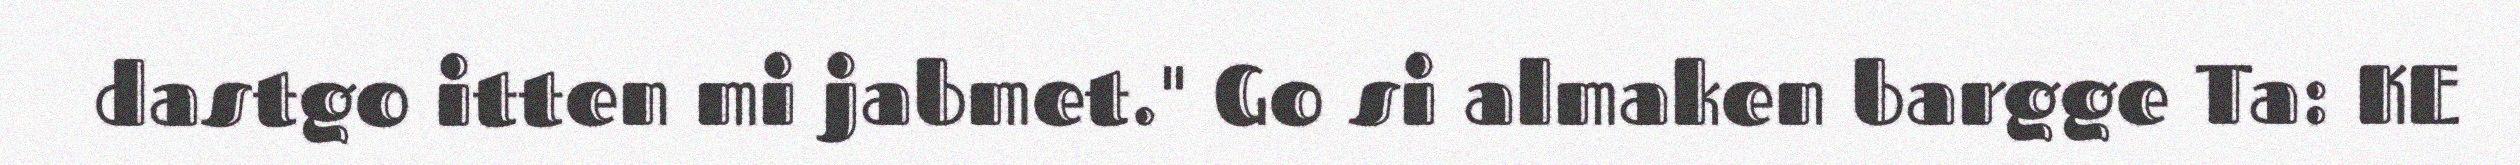
dastgo itten mi jabmet." Go si almaken bargge Ta: KE